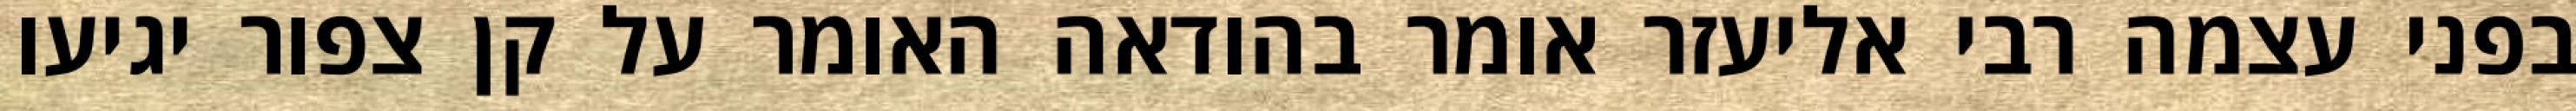
בפני עצמה רבי אליעזר אומר בהודאה האומר על קן צפור יגיעו